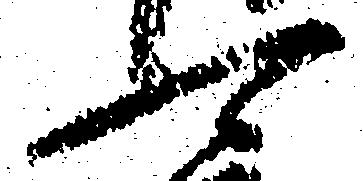
可